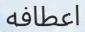
اعطافه